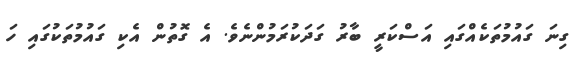
ގިނަ ގައުމުތަކެއްގައި އަސްކަރީ ބާރު ގަދަކުރަމުންނެވެ. އެ ގޮތުން އެކި ގައުމުތަކުގައި ހަ